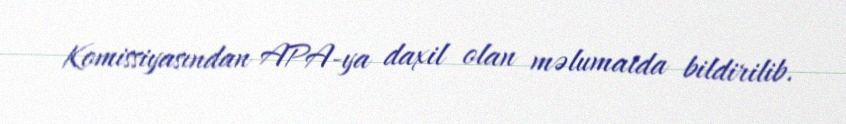
Komissiyasından APA-ya daxil olan məlumatda bildirilib.